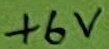
Text: +6V